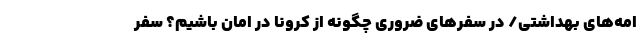
امه‌های بهداشتی/ در سفرهای ضروری چگونه از کرونا در امان باشیم؟ سفر